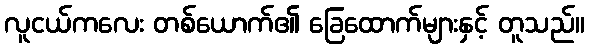
လူငယ်ကလေး တစ်ယောက်၏ ခြေထောက်များနှင့် တူသည်။